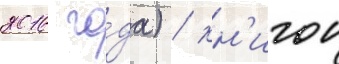
2016 го́да) / кн'игои